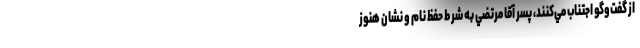
از گفت‌وگو اجتناب مي‌كنند، پسر آقا مرتضي به شرط حفظ نام و نشان هنوز